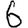
Digit: 6